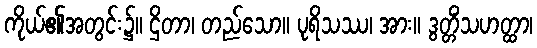
ကိုယ်၏အတွင်း၌။ ဌိတာ၊ တည်သော။ ပုရိသဿ၊ အား။ ဒွတ္တိံသဟတ္ထာ၊